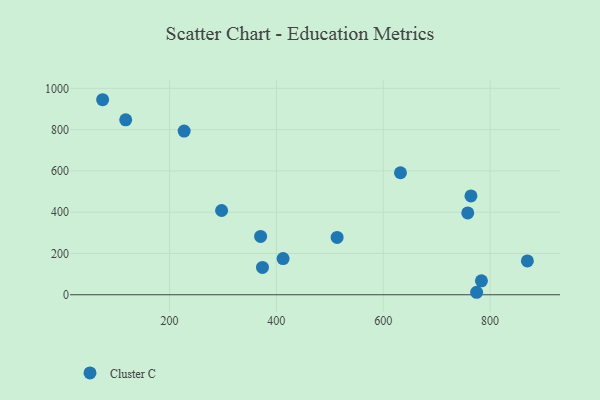
{"axis": {"x": "Distance", "y": "Exam Score"}, "legend": ["Cluster C"], "data": [{"x": "513.7", "y": 277.6, "type": "Cluster C"}, {"x": "783.8", "y": 67.3, "type": "Cluster C"}, {"x": "632.3", "y": 590.9, "type": "Cluster C"}, {"x": "374.0", "y": 132.6, "type": "Cluster C"}, {"x": "118.0", "y": 847.2, "type": "Cluster C"}, {"x": "774.8", "y": 12.0, "type": "Cluster C"}, {"x": "764.2", "y": 478.7, "type": "Cluster C"}, {"x": "412.6", "y": 175.3, "type": "Cluster C"}, {"x": "869.8", "y": 163.7, "type": "Cluster C"}, {"x": "297.5", "y": 408.2, "type": "Cluster C"}, {"x": "758.2", "y": 396.4, "type": "Cluster C"}, {"x": "74.8", "y": 944.7, "type": "Cluster C"}, {"x": "227.4", "y": 792.8, "type": "Cluster C"}, {"x": "370.5", "y": 282.4, "type": "Cluster C"}]}